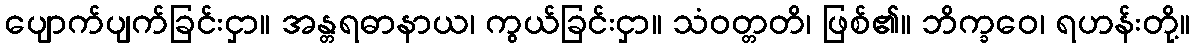
ပျောက်ပျက်ခြင်းငှာ။ အန္တရဓာနာယ၊ ကွယ်ခြင်းငှာ။ သံဝတ္တတိ၊ ဖြစ်၏။ ဘိက္ခဝေ၊ ရဟန်းတို့။